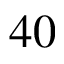
4 0